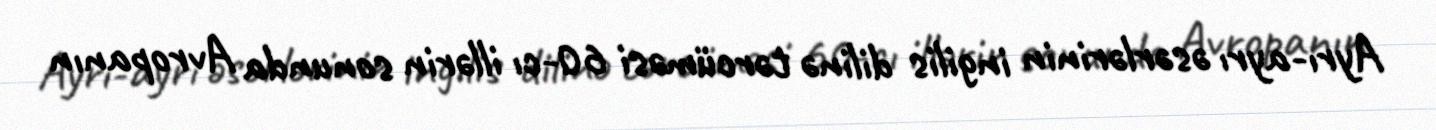
Ayrı-ayrı əsərlərinin ingilis dilinə tərcüməsi 60-cı illərin sonunda Avropanın